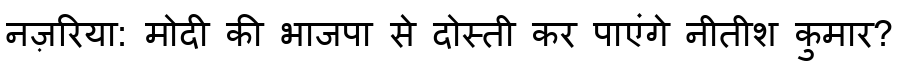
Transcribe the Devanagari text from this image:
नज़रिया: मोदी की भाजपा से दोस्ती कर पाएंगे नीतीश कुमार?